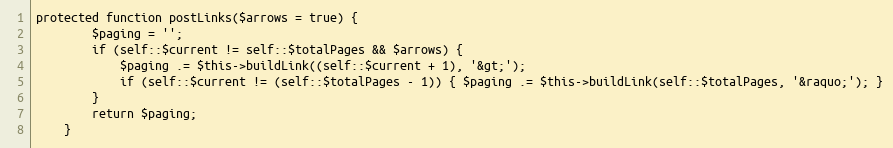
Language: PHP
protected function postLinks($arrows = true) {
        $paging = '';
        if (self::$current != self::$totalPages && $arrows) {
            $paging .= $this->buildLink((self::$current + 1), '&gt;');
            if (self::$current != (self::$totalPages - 1)) { $paging .= $this->buildLink(self::$totalPages, '&raquo;'); }
        }
        return $paging;
    }